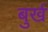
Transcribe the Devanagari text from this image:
बुर्ख